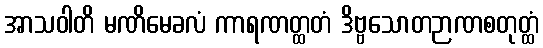
အာသဝါတိ မဏိမေခလံ ကာရဏတ္ထတံ ဒိဗ္ဗသောတဉာဏစတုတ္ထံ